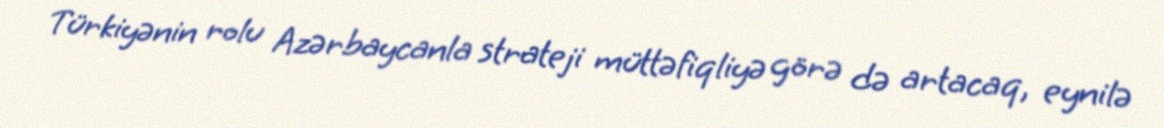
Türkiyənin rolu Azərbaycanla strateji müttəfiqliyə görə də artacaq, eynilə